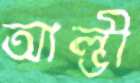
আল্ভী